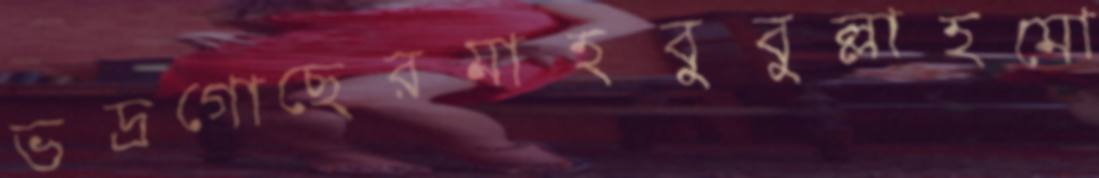
ভদ্রগোছেরমাহবুবুল্লাহমো